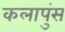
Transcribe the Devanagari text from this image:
कलापुंस